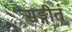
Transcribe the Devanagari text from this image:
सङ्गीतं